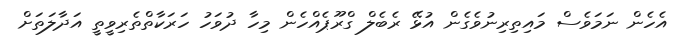
އެހެން ނަމަވެސް މައިތިރިނުވެގެން އުޅޭ ރެބެލް ގްރޫޕެއްހެން މިހާ ދުވަހު ހަރަކާތްތެރިވީތީ އަދާލަތަށް